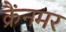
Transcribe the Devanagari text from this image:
क्रैंनमर